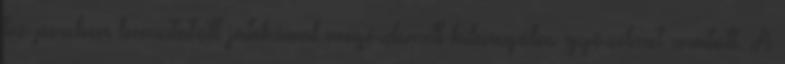
tíz percben bemutatott játékával megérdemelt kilencgólos győzelmet aratott. A